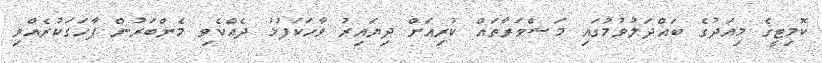
ކޮމިޓީގެ މިއަދުގެ ބައްދަލުވުމުގައި މަޝްވަރާތައް ކުރިއަށް ދިޔައިރު ވާހަކަފުޅު ދެއްކެވި މެންބަރުން ފާހަގަކުރެއްވި